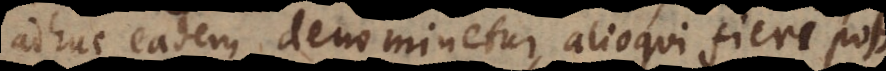
c eadem denominetur, alioqui fieri potest,